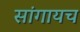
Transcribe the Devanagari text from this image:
सांगायच